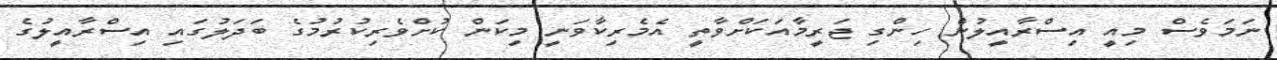
ނަމަވެސް މިއީ އިސްރާއީލުން ހިންގި ޖަރީމާއަކަށްވާތީ އެމެރިކާވަނީ މިކަން ކުށްވެރިކުރުމުގެ ބަދަލުގައި އިސްރާއީލުގެ